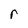
Character: r